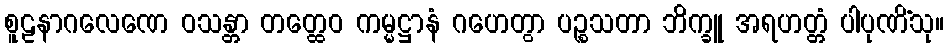
စူဠနာဂလေဏေ ဝသန္တာ တတ္ထေဝ ကမ္မဋ္ဌာနံ ဂဟေတွာ ပဉ္စသတာ ဘိက္ခူ အရဟတ္တံ ပါပုဏိံသု။